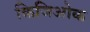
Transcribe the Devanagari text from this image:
किजिओक